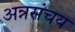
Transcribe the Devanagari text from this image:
अन्नसंचय